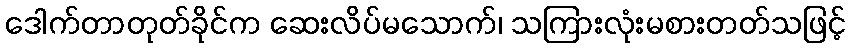
ဒေါက်တာတုတ်ခိုင်က ဆေးလိပ်မသောက်၊ သကြားလုံးမစားတတ်သဖြင့်